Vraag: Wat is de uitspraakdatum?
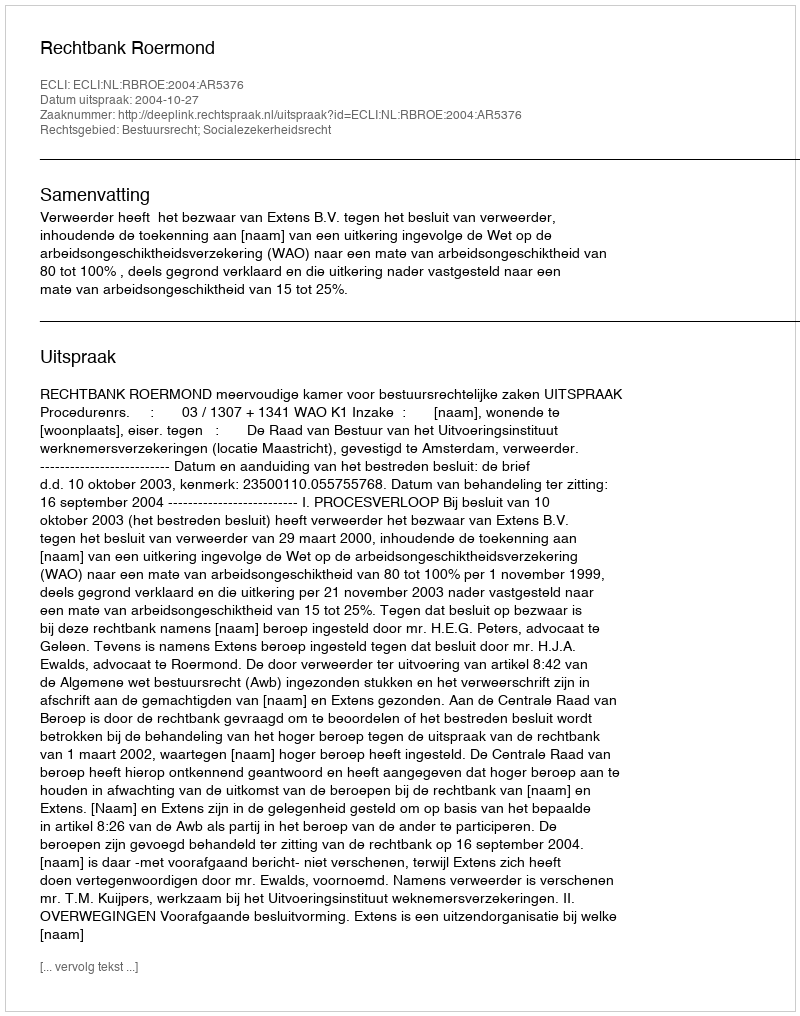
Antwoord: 2004-10-27